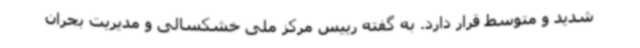
شدید و متوسط قرار دارد. به گفته رییس مرکز ملی خشکسالی و مدیریت بحران